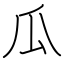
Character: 瓜